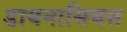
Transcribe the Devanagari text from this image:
डायनासियस